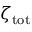
\zeta _ { \mathrm { t o t } }